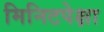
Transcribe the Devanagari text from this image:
मिनिटपेक्षा